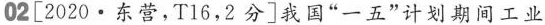
02[2020 · 东营，T16，2分]我国”一五”计划期间工业